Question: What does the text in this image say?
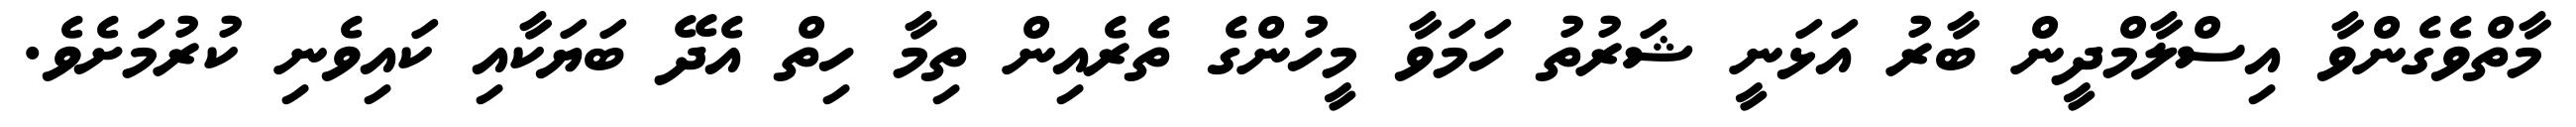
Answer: މާތްވެގެންވާ އިސްލާމްދީން ބާރު އަޅަނީ ޝަރުތު ހަމަވާ މީހުންގެ ތެރެއިން ތިމާ ހިތް އެދޭ ބަޔަކާއި ކައިވެނި ކުރުމަށެވެ.